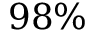
9 8 \%